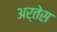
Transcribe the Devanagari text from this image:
अर्तेस